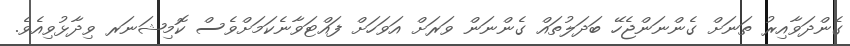
ގެންދަވާއިރު ތަނަށް ގެންނަންޖެހޭ ބަދަލުތައް ގެންނަން ވަރަށް އަވަހަށް ފައްޓަވާނެކަމަށްވެސް ކޮމިޝަނަރ ވިދާޅުވިއެވެ.